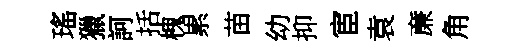
瑤獵訶括槐累苗幼抑宦袁亷角